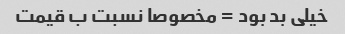
خیلی بد بود = مخصوصا نسبت ب قیمت